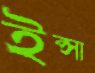
ইপ্সা